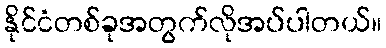
နိုင်ငံတစ်ခုအတွက်လိုအပ်ပါတယ်။